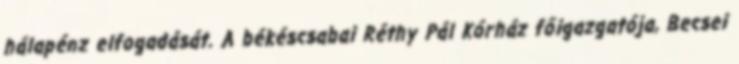
hálapénz elfogadását. A békéscsabai Réthy Pál Kórház főigazgatója, Becsei